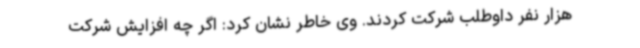
هزار نفر داوطلب شرکت کردند. وی خاطر نشان کرد: اگر چه افزایش شرکت